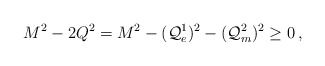
\begin{align*}M^{2}-2Q^{2}=M^{2}-({\cal Q}_{e}^{1})^{2}-({\cal Q}_{m}^{2})^{2}\geq 0\, ,\end{align*}